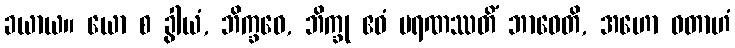
ခယာယ။ ယော စ ခွါယံ, ဘိက္ခဝေ, ဘိက္ခု ဧဝံ မရဏဿတိံ ဘာဝေတိ, အဟော ဝတာဟံ